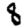
Digit: 8